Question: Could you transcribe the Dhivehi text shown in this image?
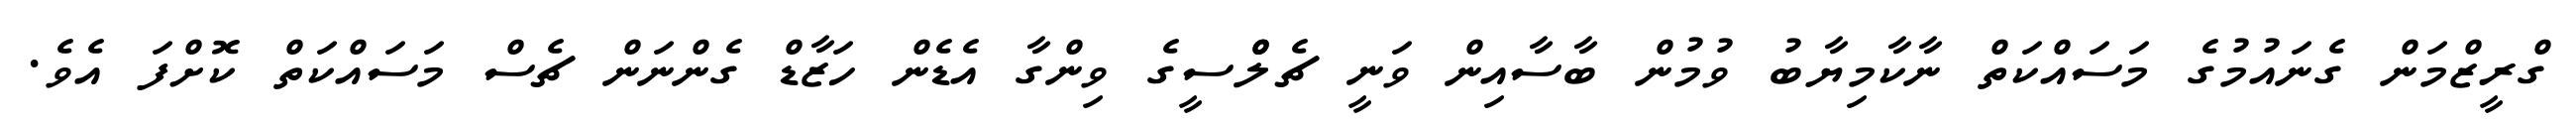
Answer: ގްރީޒްމަން ގެނައުމުގެ މަސައްކަތް ނާކާމިޔާބު ވުމުން ބާސާއިން ވަނީ ޗެލްްސީގެ ވިންގާ އެޑެން ހަޒާޑް ގެންނަން ޗެސް މަސައްކަތް ކޮށްފަ އެވެ.